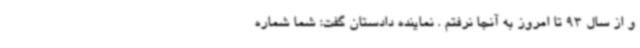
و از سال 93 تا امروز به آنجا نرفتم . نماینده دادستان گفت: شما شماره